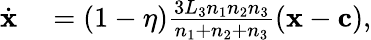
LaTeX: \begin{array}{rl}{\dot{\mathbf{x}}}&{{}=(1-\eta)\frac{3L_{3}n_{1}n_{2}n_{3}}{n_{1}+n_{2}+n_{3}}\left(\mathbf{x}-\mathbf{c}\right),}\end{array}